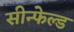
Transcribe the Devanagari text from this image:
सीन्फेल्ड